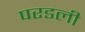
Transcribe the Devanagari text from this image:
परडली